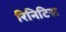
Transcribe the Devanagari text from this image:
रिनिटिस